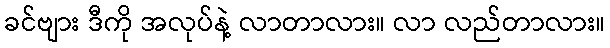
ခင်ဗျား ဒီကို အလုပ်နဲ့ လာတာလား။ လာ လည်တာလား။